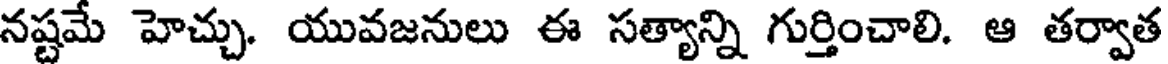
నష్టమే హెచ్చు. యువజనులు ఈ సత్యాన్ని గుర్తించాలి. ఆ తర్వాత